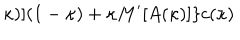
\kappa ) ] ( 1 - \kappa ) + \kappa M ^ { \prime } [ A ( \kappa ) ] \} c ( \kappa )